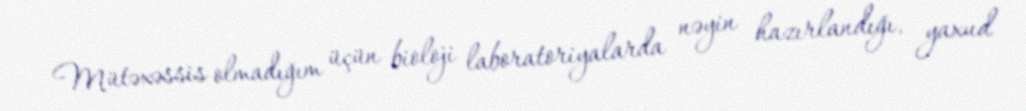
Mütəxəssis olmadığım üçün bioloji laboratoriyalarda nəyin hazırlandığı, yaxud